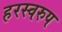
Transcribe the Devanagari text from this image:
हरस्वरुप